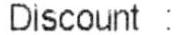
DISCOUNT :